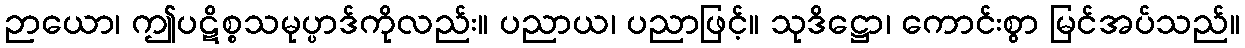
ဉာယော၊ ဤပဋိစ္စသမုပ္ပာဒ်ကိုလည်း။ ပညာယ၊ ပညာဖြင့်။ သုဒိဋ္ဌော၊ ကောင်းစွာ မြင်အပ်သည်။